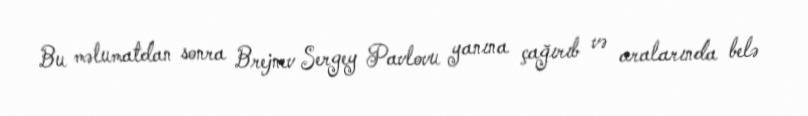
Bu məlumatdan sonra Brejnev Sergey Pavlovu yanına çağırıb və aralarında belə